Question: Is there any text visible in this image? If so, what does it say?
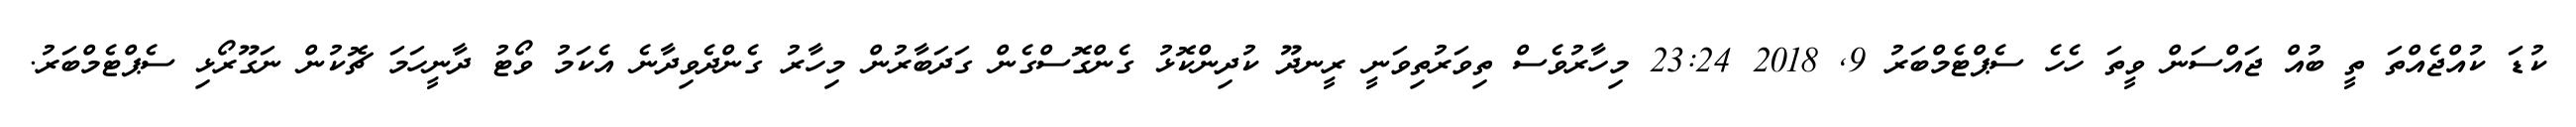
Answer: ކުޑަ ކުއްޖެއްތަ ތީ ބުއް ޖައްސަން ވީތަ ހެހެ ސެޕްޓެމްބަރު 9, 2018 23:24 މިހާރުވެސް ތިވަރުތިވަނީ ރީނދޫ ކުދިންކޮޅު ގެންގޮސްގެން ގަދަބާރުން މިހާރު ގެންދެވިދާނެ އެކަމު ވޯޓު ދާނީހަމަ ޗޮކުން ނަގޫރޯޅި ސެޕްޓެމްބަރު.